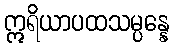
ဣရိယာပထသမ္ပန္နေ